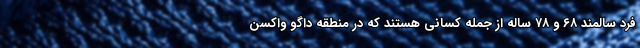
فرد سالمند ۶۸ و ۷۸ ساله از جمله کسانی هستند که در منطقه داگو واکسن